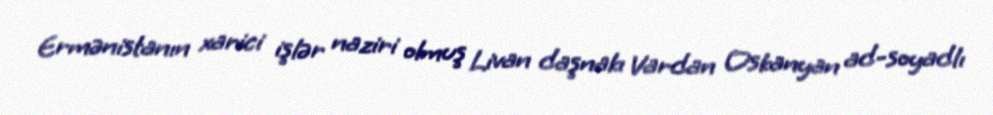
Ermənistanın xarici işlər naziri olmuş Livan daşnakı Vardan Oskanyan ad-soyadlı